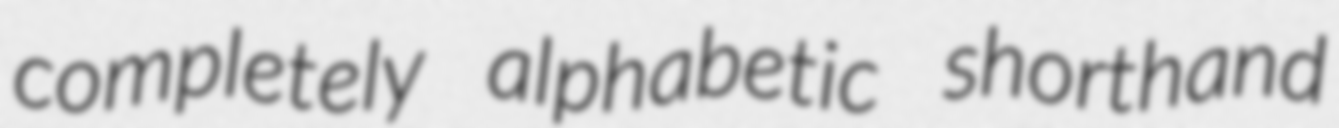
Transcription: completely alphabetic shorthand